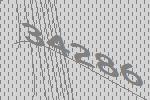
34286